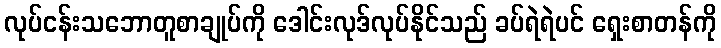
လုပ်ငန်းသဘောတူစာချုပ်ကို ဒေါင်းလုဒ်လုပ်နိုင်သည် ခပ်ရဲရဲပင် ရှေးစာတန်ကို